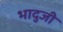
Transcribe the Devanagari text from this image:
भादुजी